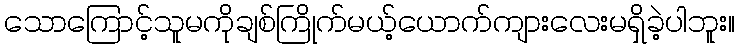
သောကြောင့်သူမကိုချစ်ကြိုက်မယ့်ယောက်ကျားလေးမရှိခဲ့ပါဘူး။